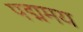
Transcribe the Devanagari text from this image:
पद्ममय